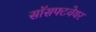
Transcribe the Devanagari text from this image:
सॉसफ्टवेयर